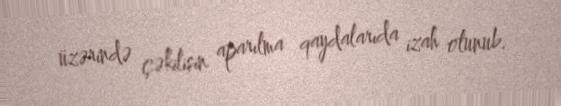
üzərində çəkilişin aparılma qaydalarıda izah olunub.